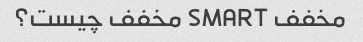
مخفف SMART مخفف چیست؟